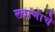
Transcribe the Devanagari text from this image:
लवाणांचे